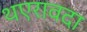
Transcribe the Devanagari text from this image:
थएरावदा